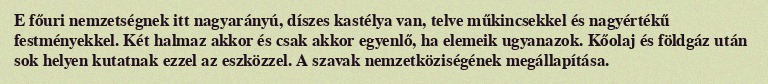
E főuri nemzetségnek itt nagyarányú, díszes kastélya van, telve műkincsekkel és nagyértékű festményekkel. Két halmaz akkor és csak akkor egyenlő, ha elemeik ugyanazok. Kőolaj és földgáz után sok helyen kutatnak ezzel az eszközzel. A szavak nemzetköziségének megállapítása.